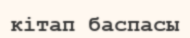
кітап баспасы